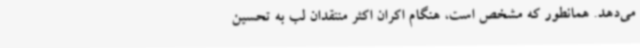
می‌دهد. همانطور که مشخص است، هنگام اکران اکثر منتقدان لب به تحسین